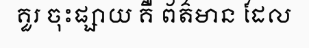
គួរ ចុះផ្សាយ គឺ ព័ត៌មាន ដែល